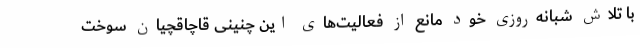
با تلاش شبانه‌روزی خود مانع از فعالیت‌های این چنینی قاچاقچیان سوخت